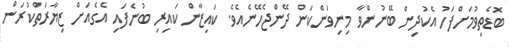
ބޮޑެތިވުމަށްފަހު އެކުދިން ބޭނުންވާ މިނިވަންކަން ދޭންޖެހޭނެއެވެ. ކައިޒާން ކައިރި ބުނެފައި އެގެއަށް ޒިޔާރަތްކުރަން